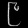
Digit: ၉